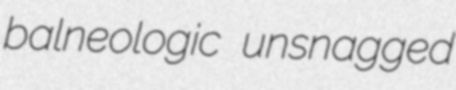
balneologic unsnagged